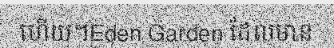
ហើយ។Eden Garden ដែលមាន